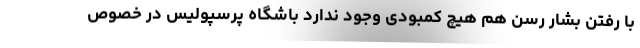
با رفتن بشار رسن هم هیچ کمبودی وجود ندارد باشگاه پرسپولیس در خصوص